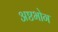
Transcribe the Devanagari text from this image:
अष्टभोग